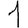
Digit: 1